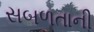
સબળતાની